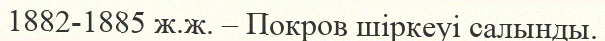
1882-1885 ж.ж. – Покров шіркеуі салынды.